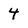
Character: 4